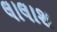
લાલાશ